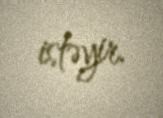
istəyir.